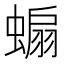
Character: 𧎥